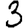
Digit: 3